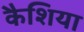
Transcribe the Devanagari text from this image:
कैशिया